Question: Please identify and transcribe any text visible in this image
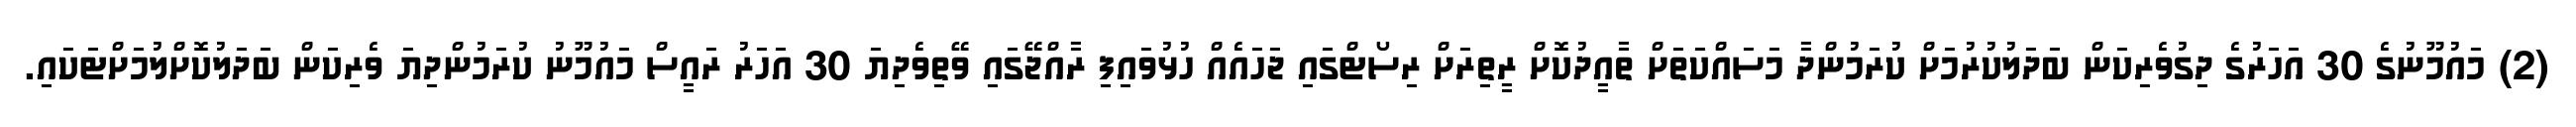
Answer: (2) މައުމޫނުގެ 30 އަހަރުގެ ދިގުވެރިކަން ބަދަލުކުރުމަށް ކުރަމުންދާ މަސައްކަތަށް ތާއީދުކޮށް ރީތިރަށް ރިސޯޓްގައި ޖަހައެއް ހުޅުވައިފި ރާއްޖޭގައި ވޭތިވެދިޔަ 30 އަހަރު ރައީސް މައުމޫނު ކުރަމުންދިޔަ ވެރިކަން ބަދަލުކޮށްލުމަށްޓަކައި.